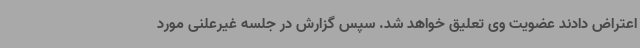
اعتراض دادند عضویت وی تعلیق خواهد شد. سپس گزارش در جلسه غیرعلنی مورد